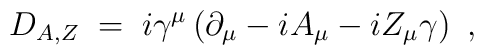
D_{A,Z} \;=\; i \gamma^\mu \left( \partial_\mu - i A_\mu - i Z_\mu  \gamma \right)~,